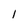
Character: 1